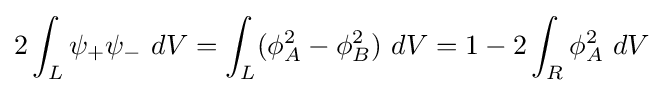
2\int _{L}\psi _{+}\psi _{-}~dV=\int _{L}(\phi _{A}^{2}-\phi _{B}^{2})~dV=1-2\int _{R}\phi _{A}^{2}~dV